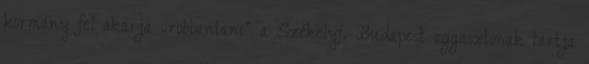
kormány fel akarja „robbantani” a Székelyf. Budapest aggasztónak tartja